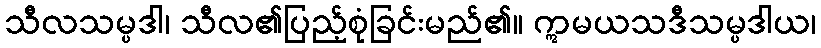
သီလသမ္ပဒါ၊ သီလ၏ပြည့်စုံခြင်းမည်၏။ ဣမယသဒီသမ္ပဒါယ၊